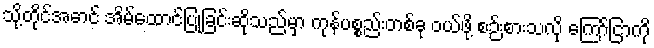
သို့တိုင်အောင် အိမ်ထောင်ပြုခြင်းဆိုသည်မှာ ကုန်ပစ္စည်းတစ်ခု ဝယ်ဖို့ စဉ်းစားသလို ကြော်ငြာကို